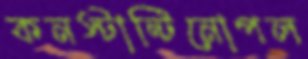
কনস্টান্টিনোপল